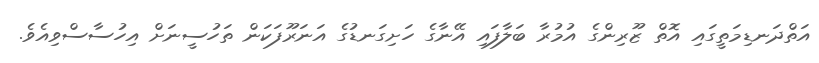
އަތްދަނޑިމަތީގައި އޮތް ޒޫރިންގެ އުމުރާ ބަލާފައި އޭނާގެ ހަށިގަނޑުގެ އަނަރޫފަކަން ތަހުސީނަށް އިހުސާސްވިއެވެ.